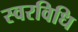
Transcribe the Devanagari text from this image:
स्वरविधि